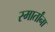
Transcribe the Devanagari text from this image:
स्मार्तांना